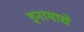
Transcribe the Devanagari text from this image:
इनामाचे